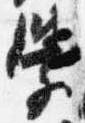
学